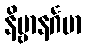
နိဗ္ဗာနင်္ဂမာ